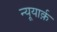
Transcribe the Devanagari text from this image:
न्यूयार्क़